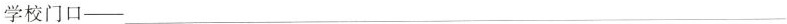
学校门口——___